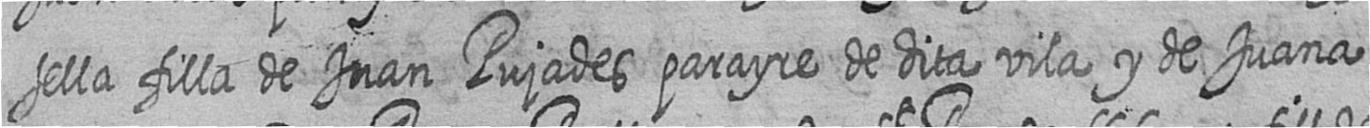
sella filla de Juan Pujades parayre de dita vila y de Juana